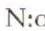
N:o